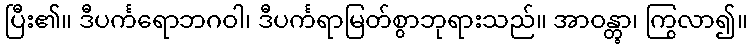
ပြီး၏။ ဒီပင်္ကရောဘဂဝါ၊ ဒီပင်္ကရာမြတ်စွာဘုရားသည်။ အာဝန္တွာ၊ ကြွလာ၍။